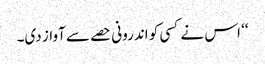
‘‘ اس نے کسی کو اندرونی حصے سے آواز دی۔